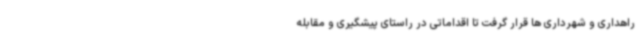
راهداری و شهرداری ها قرار گرفت تا اقداماتی در راستای پیشگیری و مقابله